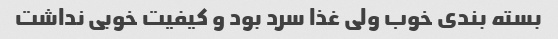
بسته بندی خوب ولی غذا سرد بود و کیفیت خوبی نداشت